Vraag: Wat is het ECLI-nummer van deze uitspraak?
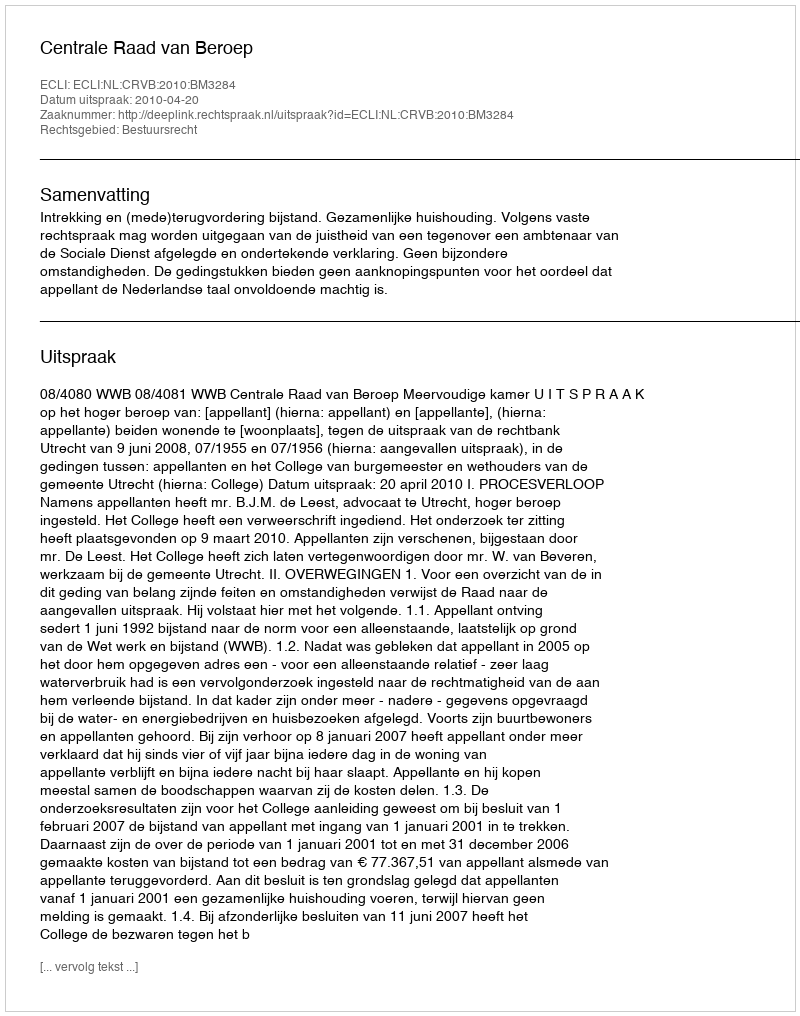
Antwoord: ECLI:NL:CRVB:2010:BM3284